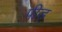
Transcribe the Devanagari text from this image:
पीड़